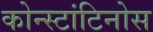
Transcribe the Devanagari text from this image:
कोन्स्टांटिनोस